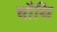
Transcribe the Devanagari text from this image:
चौथि